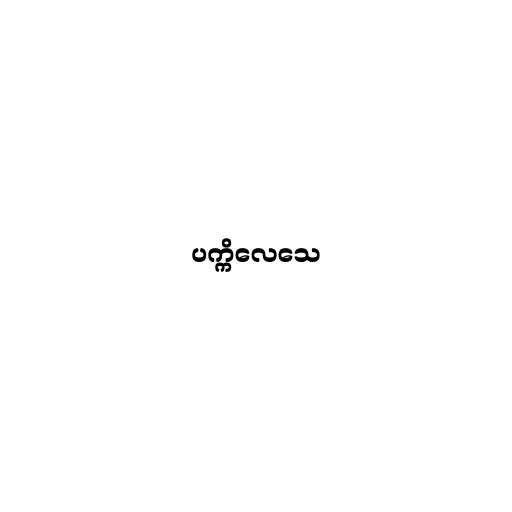
ပက္ကိလေသေ